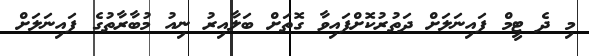
މި ދެ ޓީމް ފައިނަލަށް ދަތުރުކޮށްފައިވާ ގޮތަށް ބަލާއިރު ނިއު މުބާރާތުގެ ފައިނަލަށް